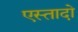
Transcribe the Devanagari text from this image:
एस्तादो